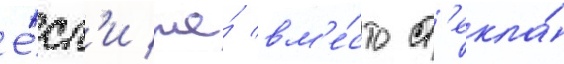
Е́сл'и же́ вм'е́сто ст'екла́